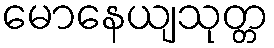
မောနေယျသုတ္တ